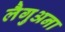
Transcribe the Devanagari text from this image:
लैगुअना